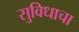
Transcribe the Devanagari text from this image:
सुविधाचा